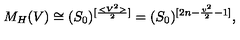
M _ { H } ( V ) \cong ( S _ { 0 } ) ^ { [ \frac { < V ^ { 2 } > } { 2 } ] } = ( S _ { 0 } ) ^ { [ 2 n - \frac { v ^ { 2 } } { 2 } - 1 ] } ,